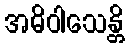
အဓိဝါသေန္တိ